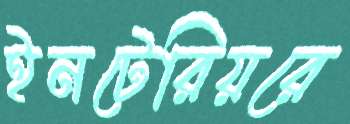
ইনটেরিয়রে